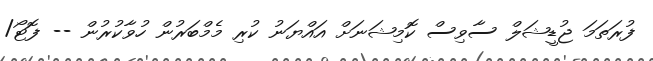
ފުރަތަމަ ޖުޑީޝަލް ސާވިސް ކޮމިޝަނަށް އައްޔަނު ކުރި މެމްބަރުން ހުވާކުރުން -- ފޮޓޯ/